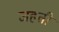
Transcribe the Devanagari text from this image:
जहती